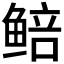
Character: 𬶜